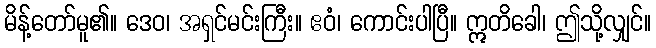
မိန့်တော်မူ၏။ ဒေဝ၊ အရှင်မင်းကြီး။ ဧဝံ၊ ကောင်းပါပြီ။ ဣတိခေါ၊ ဤသို့လျှင်။